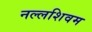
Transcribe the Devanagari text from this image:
नल्लशिवम